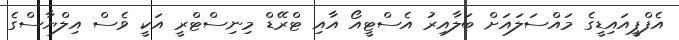
އެފްޕީއައިޑީގެ މައްސަލައަށް ބަލާއިރު އެސްޓީއޯ އާއި ޓްރޭޑް މިނިސްޓްރީ އަކީ ވެސް އިލްޔާސްގެ